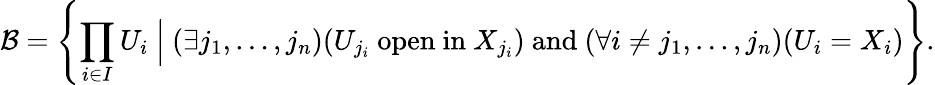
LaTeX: {\mathcal{B}}=\left\{ \prod_{i\in I}U_{i}\ {\Big|}\ (\exists j_{1},\ldots,j_{n})(U_{j_{i}}\ \mathrm{open\ in}\ X_{j_{i}})\ \mathrm{and}\ (\forall i\neq j_{1},\ldots,j_{n})(U_{i}=X_{i})\right\} .